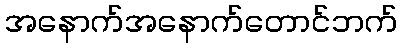
အနောက်အနောက်တောင်ဘက်